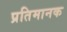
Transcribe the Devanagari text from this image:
प्रतिमानक